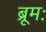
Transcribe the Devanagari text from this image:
ब्रूमः